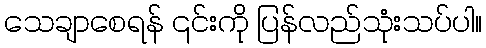
သေချာစေရန် ၎င်းကို ပြန်လည်သုံးသပ်ပါ။